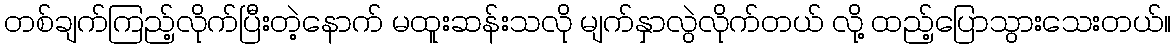
တစ်ချက်ကြည့်လိုက်ပြီးတဲ့နောက် မထူးဆန်းသလို မျက်နှာလွဲလိုက်တယ် လို့ ထည့်ပြောသွားသေးတယ်။